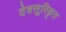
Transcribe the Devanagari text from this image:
देवसूरिकृत